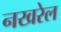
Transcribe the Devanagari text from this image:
नखरेल